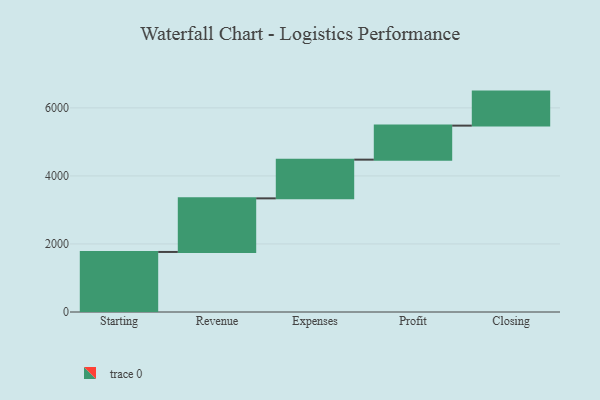
{"axis": {"x": "Step", "y": "Value"}, "legend": [""], "data": [{"x": "Starting", "y": 1765.0, "type": ""}, {"x": "Revenue", "y": 1575.0, "type": ""}, {"x": "Expenses", "y": 1138.0, "type": ""}, {"x": "Profit", "y": 1000, "type": ""}, {"x": "Closing", "y": 1000, "type": ""}]}